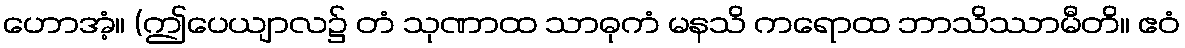
ဟောအံ့။ (ဤပေယျာလ၌ တံ သုဏာထ သာဓုကံ မနသိ ကရောထ ဘာသိဿာမီတိ။ ဧဝံ